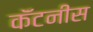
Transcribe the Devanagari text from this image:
कॅंटनीस